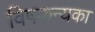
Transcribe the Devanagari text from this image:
विषकन्यका